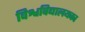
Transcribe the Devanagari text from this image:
विश्वविद्यालयका